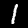
Digit: 1